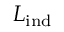
L _ { \mathrm { i n d } }